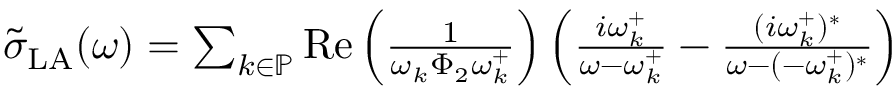
\begin{array} { r } { \tilde { \sigma } _ { \mathrm { L A } } ( \omega ) = \sum _ { k \in \mathbb { P } } \operatorname { R e } \left( \frac { 1 } { \omega _ { k } \Phi _ { 2 } \omega _ { k } ^ { + } } \right) \left( \frac { i \omega _ { k } ^ { + } } { \omega - \omega _ { k } ^ { + } } - \frac { ( i \omega _ { k } ^ { + } ) ^ { * } } { \omega - ( - \omega _ { k } ^ { + } ) ^ { * } } \right) } \end{array}